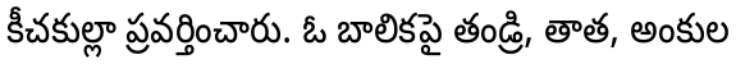
కీచకుల్లా ప్రవర్తించారు. ఓ బాలికపై తండ్రి, తాత, అంకుల